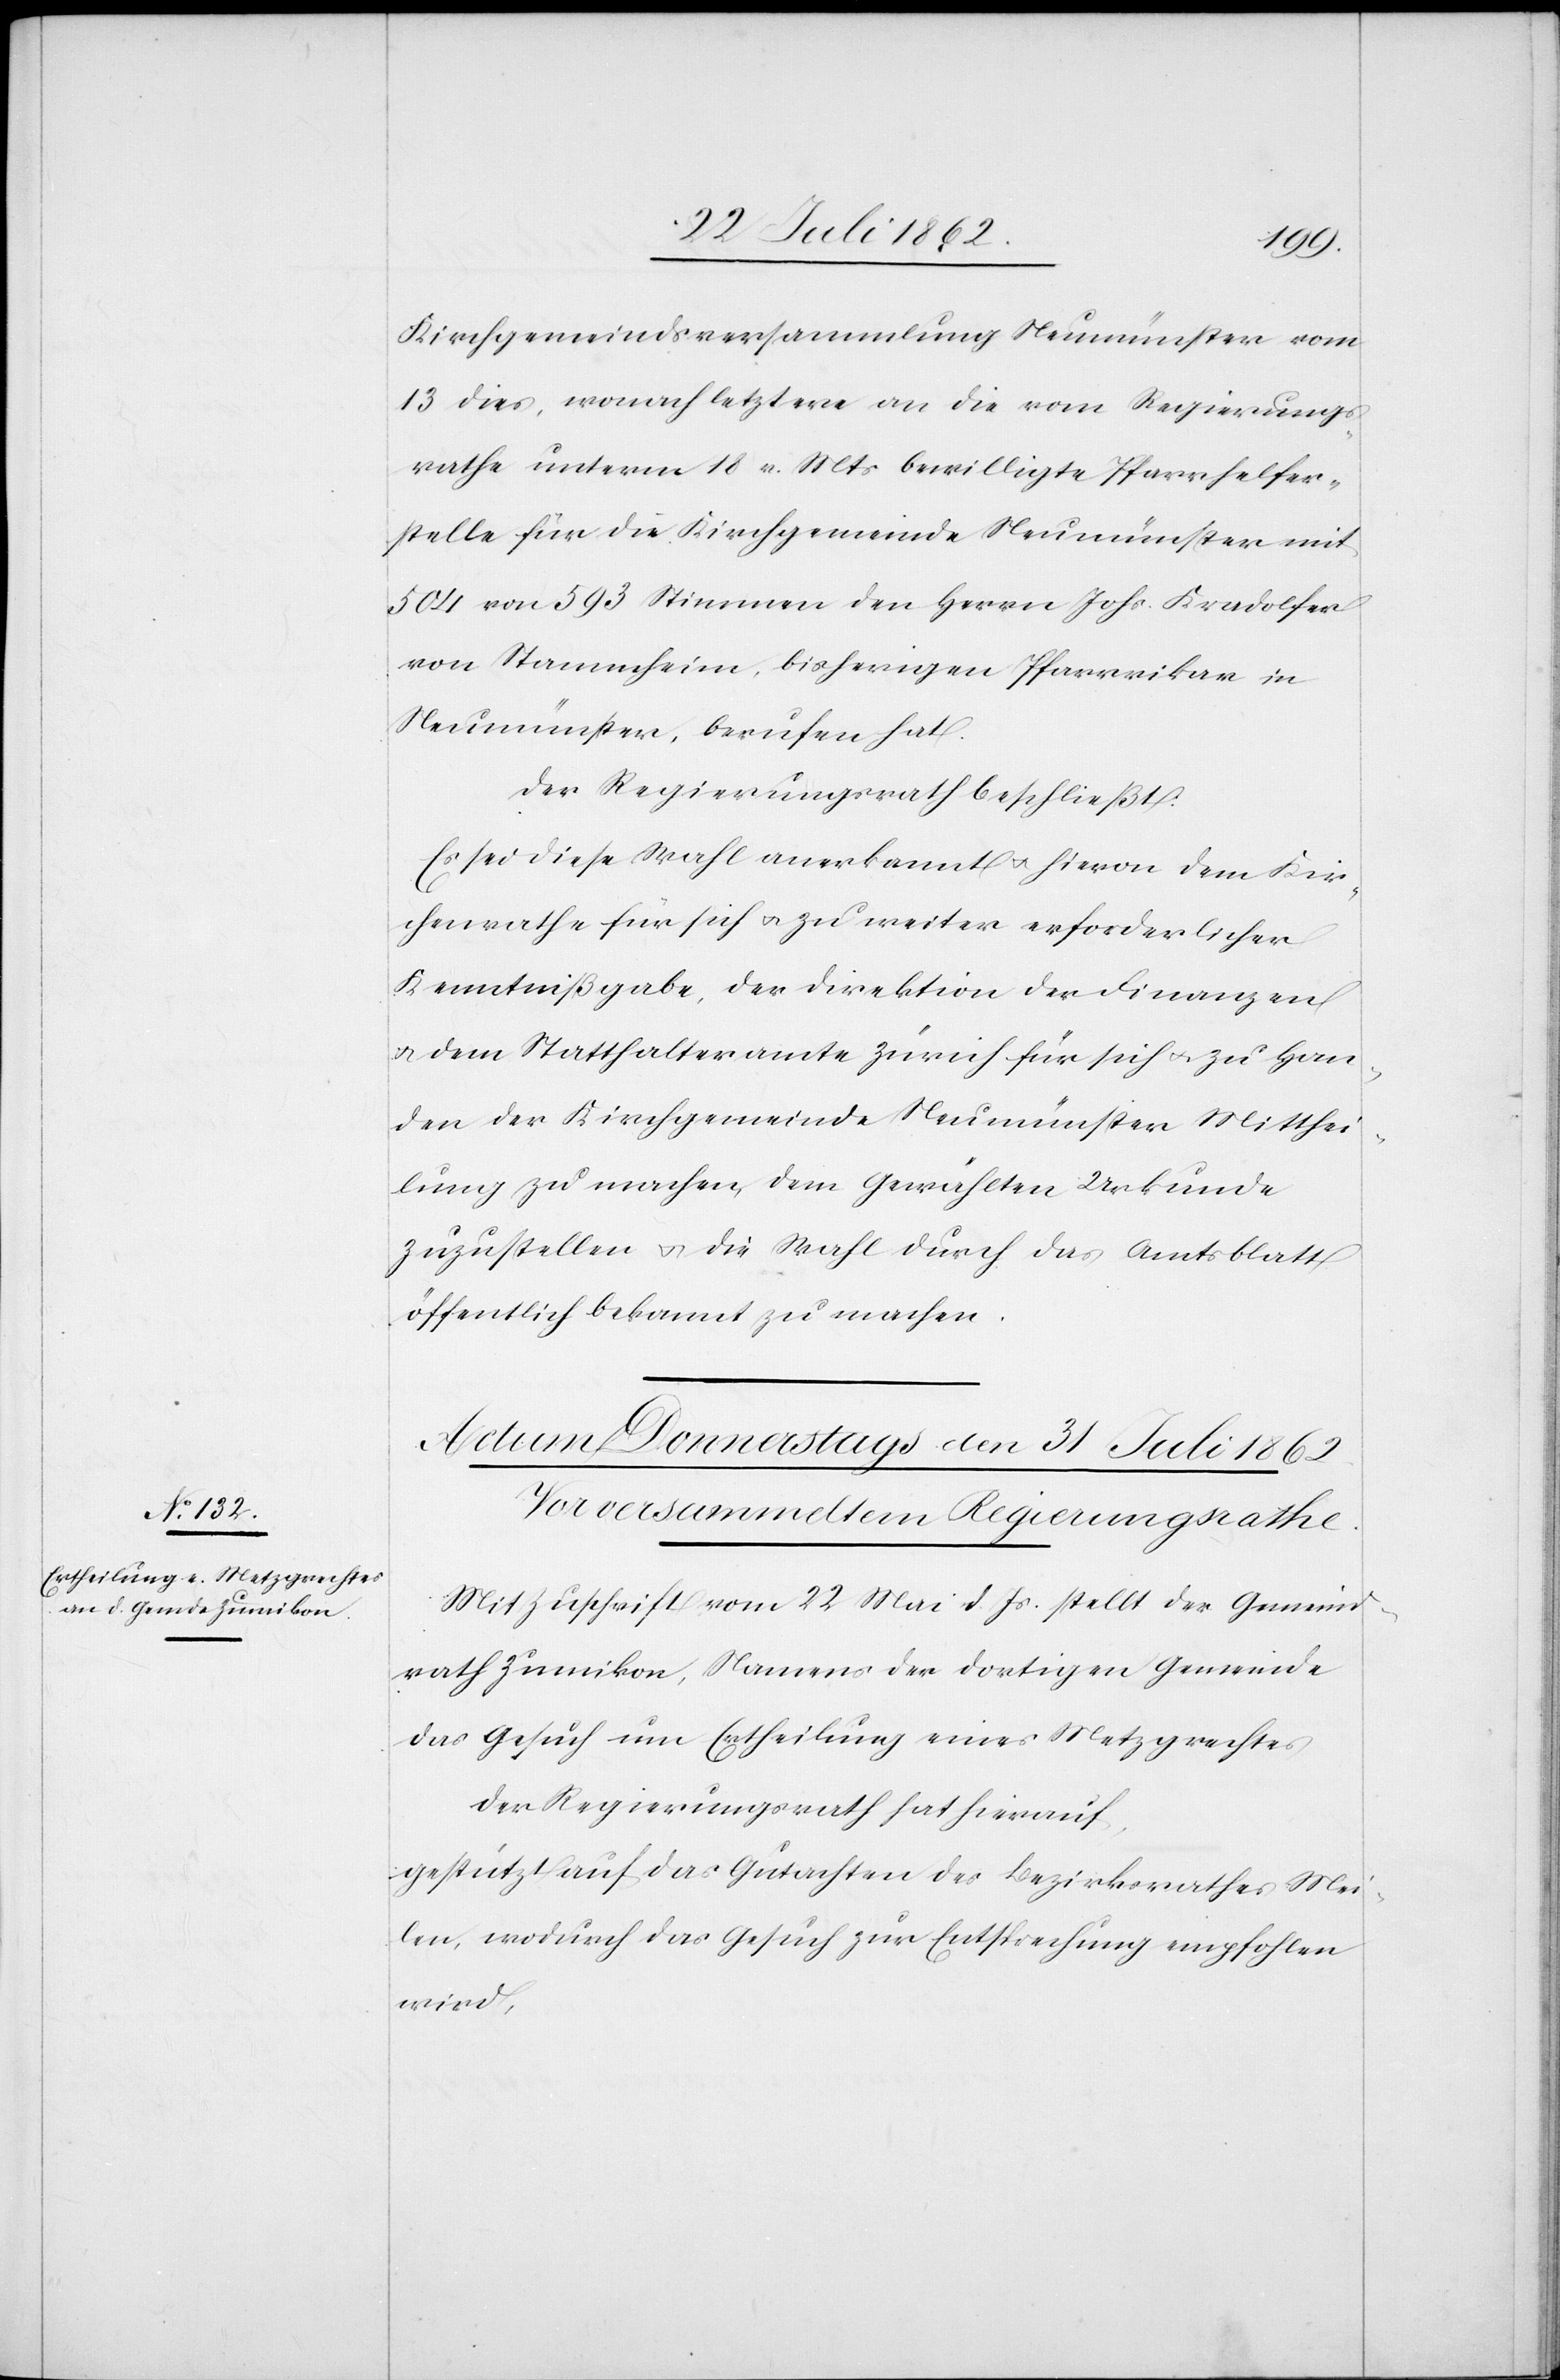
Kirchgemeindsversammlung Neumünster vom
13. dies, wonach letztere an die vom Regierungs¬
rathe unterm 18. v. Mts. bewilligte Pfarrhelfer¬
stelle für die Kirchgemeinde Neumünster mit
504 von 593 Stimmen den Herrn Johs. Kradolfer
von Stammheim, bisherigen Pfarrvikar in
Neumünster, berufen hat.
Der Regierungsrath beschließt:
Es sei diese Wahl anerkannt u. hievon dem Kir¬
chenrathe für sich u. zu weiter erforderlicher
Kenntnißgabe, der Direktion der Finanzen
u. dem Statthalteramte Zürich für sich u. zu Han¬
den der Kirchgemeinde Neumünster Mitthei¬
lung zu machen, dem Gewählten Urkunde
zuzustellen u. die Wahl durch das Amtsblatt
öffentlich bekannt zu machen.
Mit Zuschrift vom 22. Mai d. Js. stellt der Gemeind¬
rath Zumikon, Namens der dortigen Gemeinde
das Gesuch um Ertheilung eines Metzgrechtes.
Der Regierungsrath hat hierauf,
gestützt auf das Gutachten des Bezirksrathes Mei¬
len, wodurch das Gesuch zur Entsprechung empfohlen
wird,